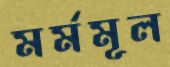
মর্মমূল